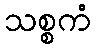
သစ္စကံ